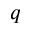
q